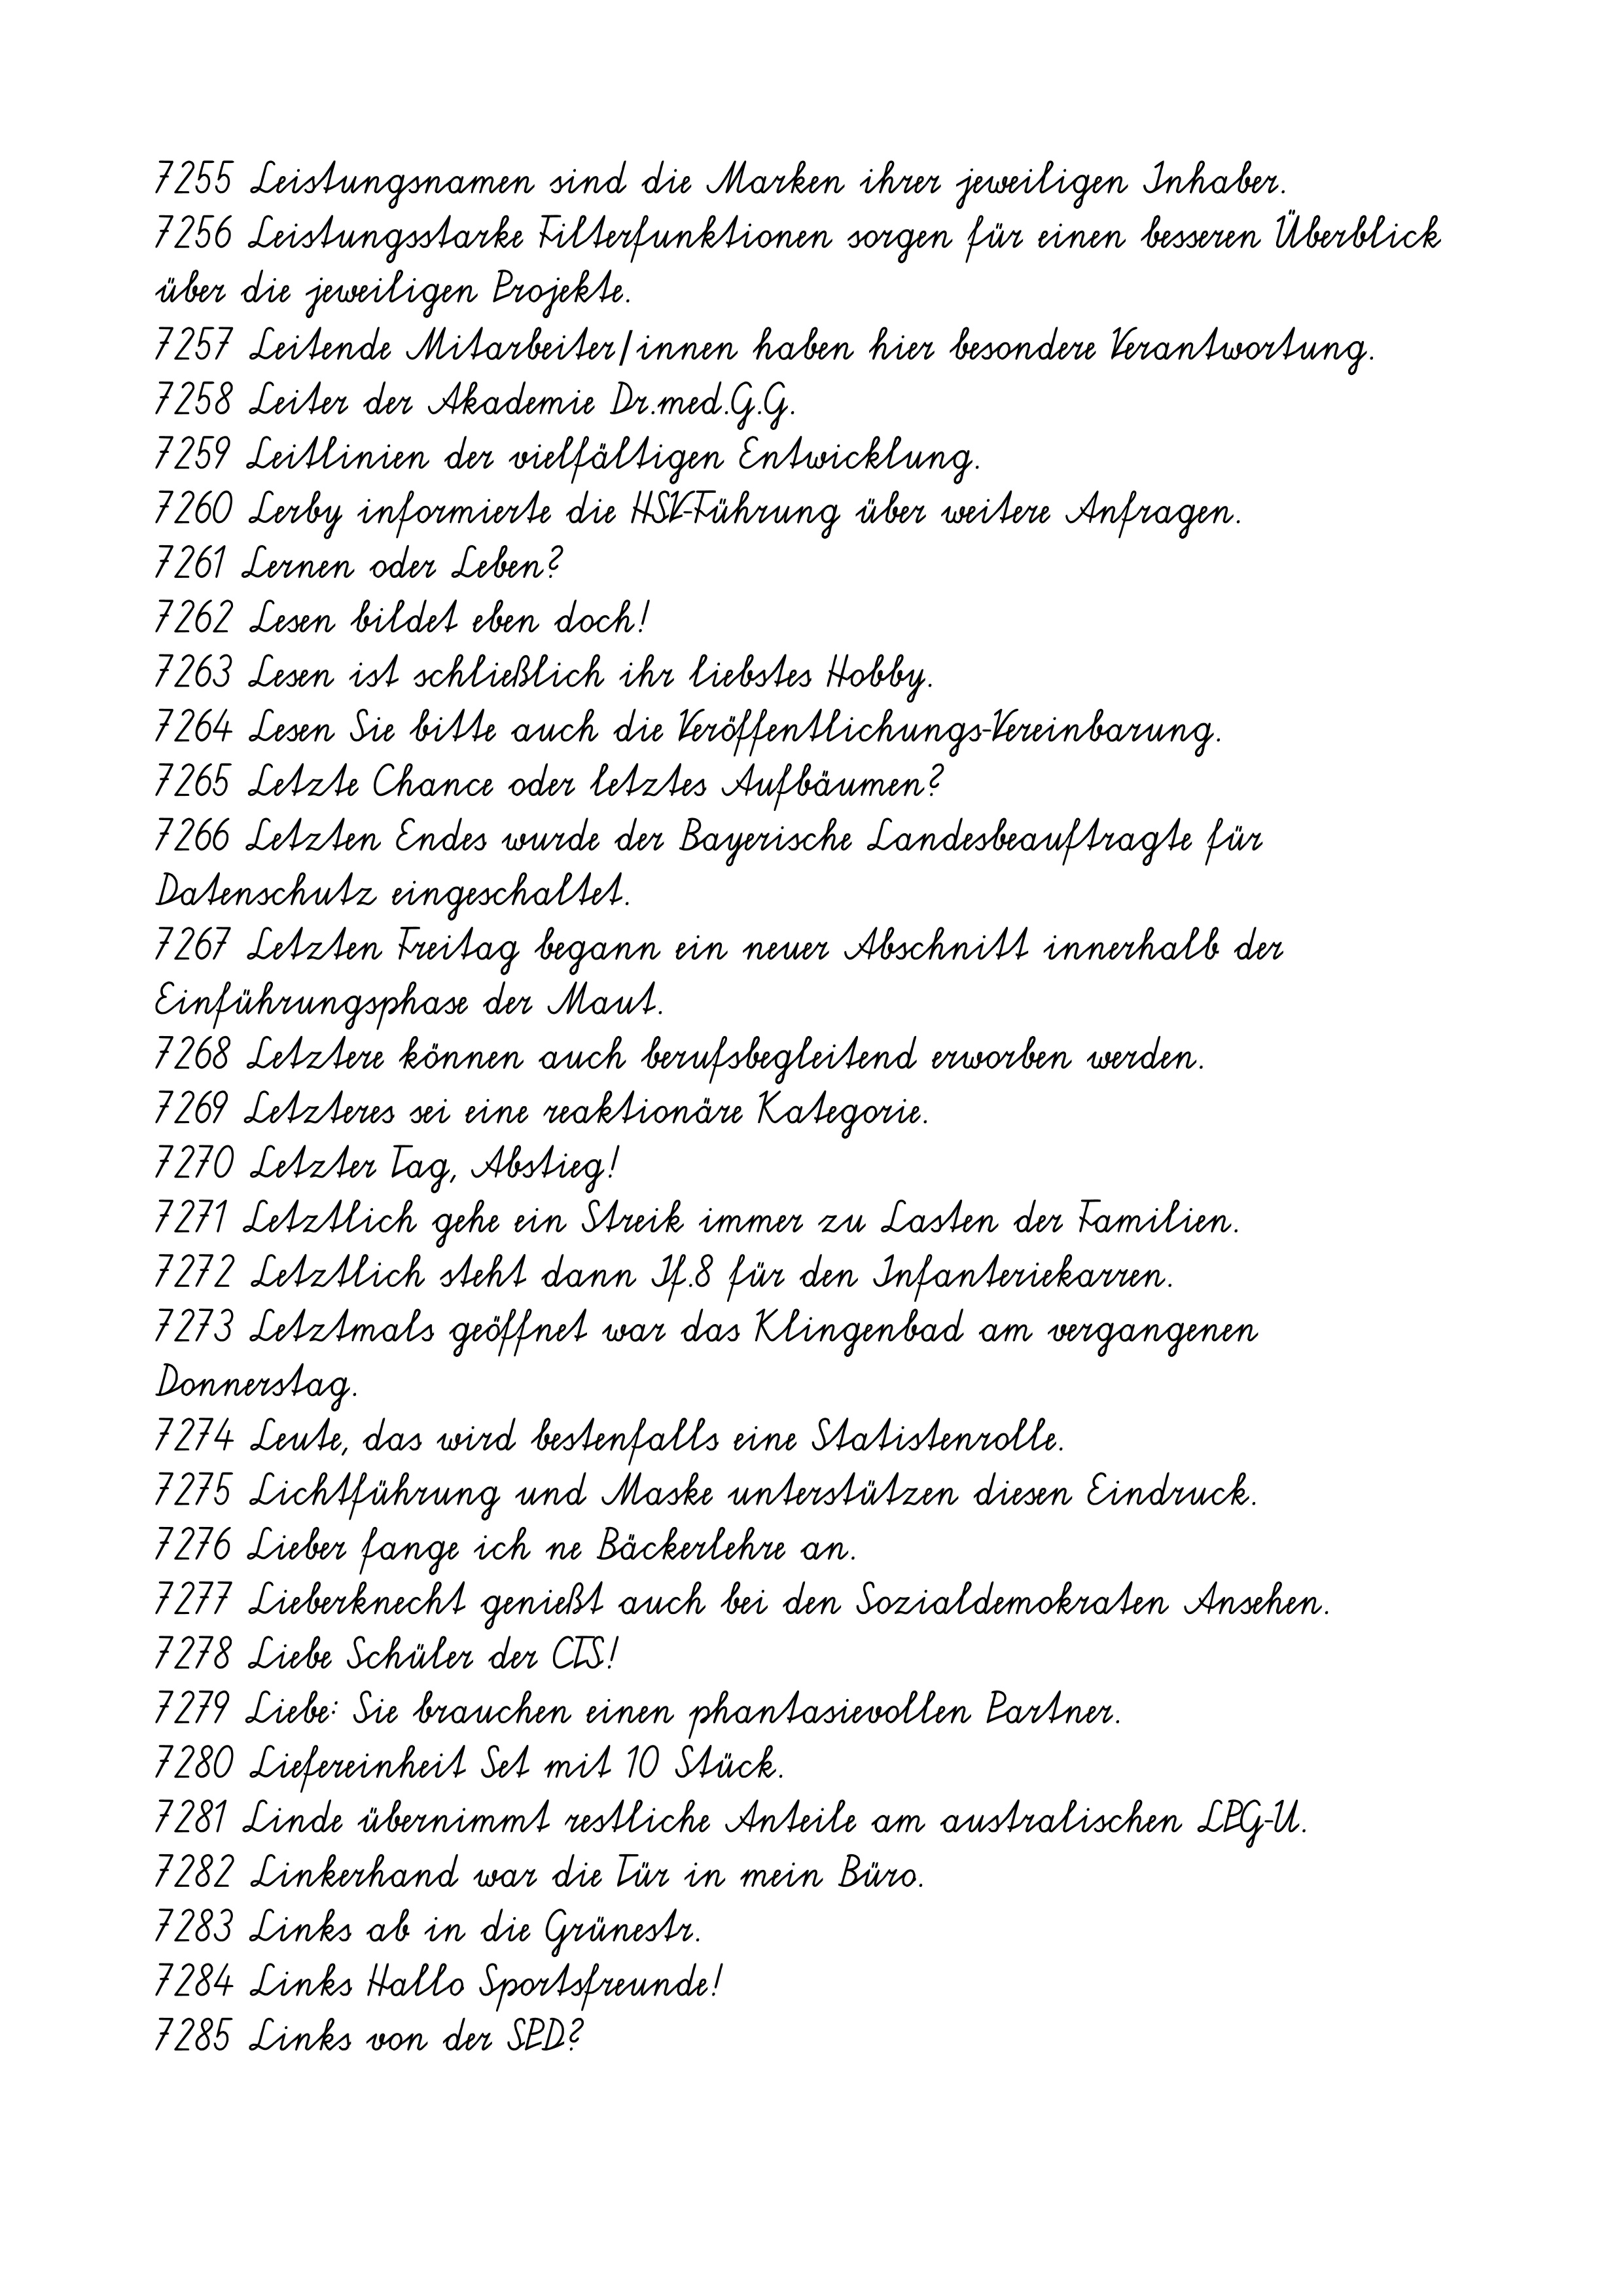
7255 Leistungsnamen sind die Marken ihrer jeweiligen Inhaber.
7256 Leistungsstarke Filterfunktionen sorgen für einen besseren
Überblick über die jeweiligen Projekte.
7257 Leitende Mitarbeiter/innen haben hier besondere Verantwortung.
7258 Leiter der Akademie Dr.med.G.G.
7259 Leitlinien der vielfältigen Entwicklung.
7260 Lerby informierte die HSV-Führung über weitere Anfragen.
7261 Lernen oder Leben?
7262 Lesen bildet eben doch!
7263 Lesen ist schließlich ihr liebstes Hobby.
7264 Lesen Sie bitte auch die Veröffentlichungs-Vereinbarung.
7265 Letzte Chance oder letztes Aufbäumen?
7266 Letzten Endes wurde der Bayerische Landesbeauftragte für
Datenschutz eingeschaltet.
7267 Letzten Freitag begann ein neuer Abschnitt innerhalb der
Einführungsphase der Maut.
7268 Letztere können auch berufsbegleitend erworben werden.
7269 Letzteres sei eine reaktionäre Kategorie.
7270 Letzter Tag, Abstieg!
7271 Letztlich gehe ein Streik immer zu Lasten der Familien.
7272 Letztlich steht dann If.8 für den Infanteriekarren.
7273 Letztmals geöffnet war das Klingenbad am vergangenen
Donnerstag.
7274 Leute, das wird bestenfalls eine Statistenrolle.
7275 Lichtführung und Maske unterstützen diesen Eindruck.
7276 Lieber fange ich ne Bäckerlehre an.
7277 Lieberknecht genießt auch bei den Sozialdemokraten Ansehen.
7278 Liebe Schüler der CTS!
7279 Liebe: Sie brauchen einen phantasievollen Partner.
7280 Liefereinheit Set mit 10 Stück.
7281 Linde übernimmt restliche Anteile am australischen LPG-U.
7282 Linkerhand war die Tür in mein Büro.
7283 Links ab in die Grünestr.
7284 Links Hallo Sportsfreunde!
7285 Links von der SPD?